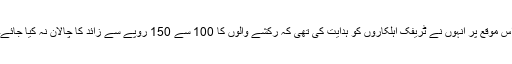
اس موقع پر انہوں نے ٹریفک اہلکاروں کو ہدایت کی تھی کہ رکشے والوں کا 100 سے 150 روپے سے زائد کا چالان نہ کیا جائے۔